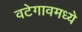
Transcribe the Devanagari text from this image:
वटेगावमध्ये